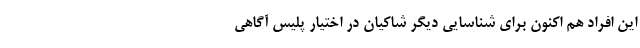
این افراد هم اکنون برای شناسایی دیگر شاکیان در اختیار پلیس آگاهی